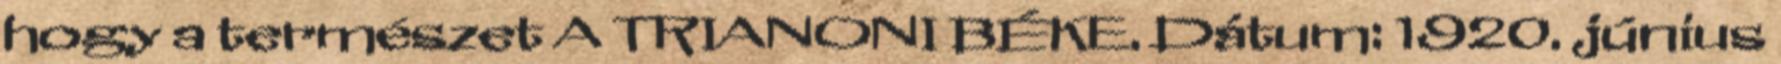
hogy a természet A TRIANONI BÉKE. Dátum: 1920. június